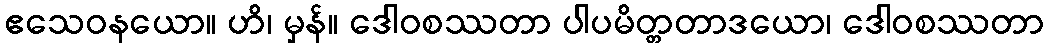
ဧသေဝနယော။ ဟိ၊ မှန်။ ဒေါဝစဿတာ ပါပမိတ္တတာဒယော၊ ဒေါဝစဿတာ